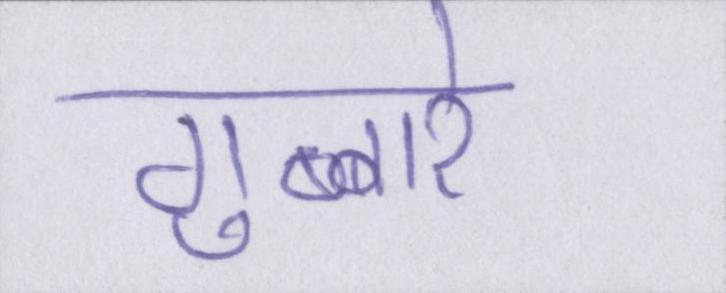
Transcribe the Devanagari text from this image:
गुब्बारे